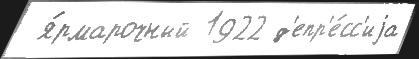
 я́рмарочный 1922 д'епр'е́сс'иjа